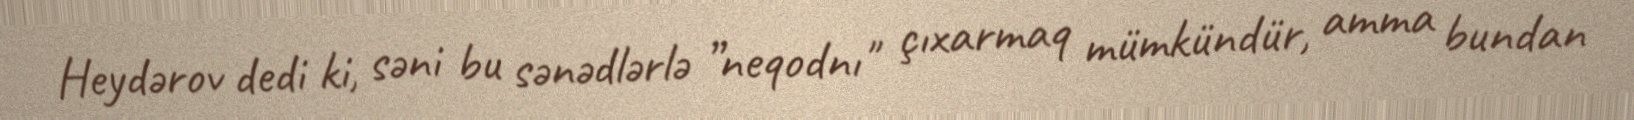
Heydərov dedi ki, səni bu sənədlərlə ”neqodnı" çıxarmaq mümkündür, amma bundan